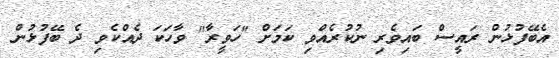
އެބޭފުޅުން ރައީސް ބައިވެރި ނުކުރެއްވި ކަމަށް "ހަވީރާ" ވާހަކަ ދެއްކެވި ދެ ބޭފުޅުން